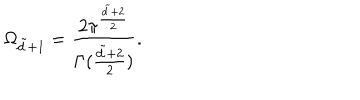
\Omega _ { \tilde { d } + 1 } = { \frac { 2 \pi ^ { { \frac { \tilde { d } + 2 } { 2 } } } } { \Gamma ( { \frac { \tilde { d } + 2 } { 2 } } ) } } .